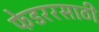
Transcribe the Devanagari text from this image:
फेडररसाठी